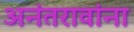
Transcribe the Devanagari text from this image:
अनंतरावांना